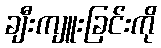
ချီးကျူးခြင်းကို